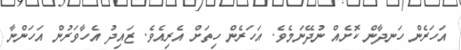
އަހަރެން ހަނދާން ކޮށެއް ނުދޭނަމެވެ. އަހަރެން ހިތަށް އެރިއެވެ. ޒައިދު އެހާވަރުން އަހަންނާ